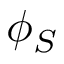
\phi _ { S }